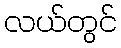
လယ်တွင်